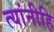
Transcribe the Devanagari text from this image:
त्यांनीहि